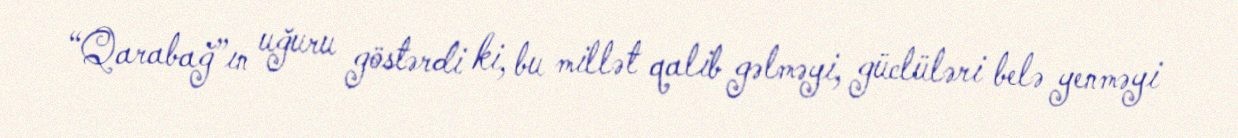
“Qarabağ”ın uğuru göstərdi ki, bu millət qalib gəlməyi, güclüləri belə yenməyi